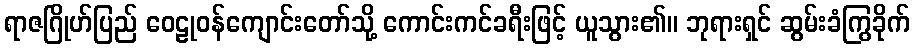
ရာဇဂြိုဟ်ပြည် ဝေဠုဝန်ကျောင်းတော်သို့ ကောင်းကင်ခရီးဖြင့် ယူသွား၏။ ဘုရားရှင် ဆွမ်းခံကြွခိုက်